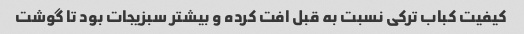
کیفیت کباب ترکی نسبت به قبل افت کرده و بیشتر سبزیجات بود تا گوشت